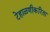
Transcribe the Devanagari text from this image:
टेहाळणीकरिता